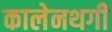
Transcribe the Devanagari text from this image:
कालेनथगी